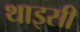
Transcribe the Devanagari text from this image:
थाइसी